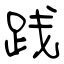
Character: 践